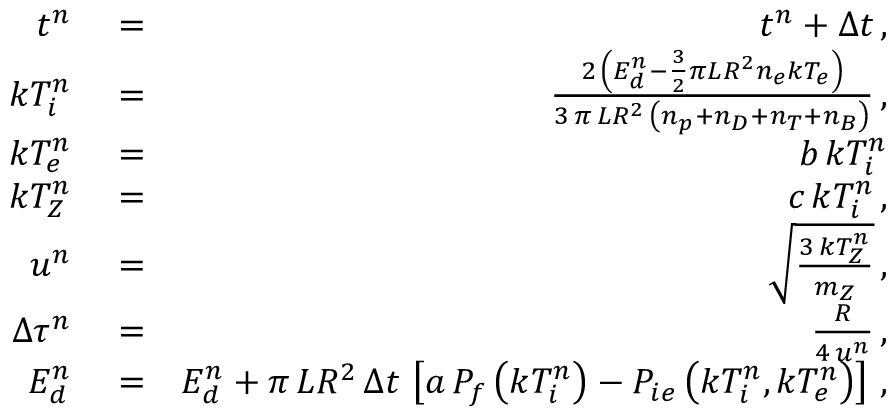
\begin{array} { r l r } { t ^ { n } } & { { } = } & { t ^ { n } + \Delta t \, , } \\ { k T _ { i } ^ { n } } & { { } = } & { \frac { 2 \, \left( E _ { d } ^ { n } - \frac { 3 } { 2 } \pi L R ^ { 2 } n _ { e } k T _ { e } \right) } { 3 \, \pi \, L R ^ { 2 } \, \left( n _ { p } + n _ { D } + n _ { T } + n _ { B } \right) } \, , } \\ { k T _ { e } ^ { n } } & { { } = } & { b \, k T _ { i } ^ { n } } \\ { k T _ { Z } ^ { n } } & { { } = } & { c \, k T _ { i } ^ { n } \, , } \\ { u ^ { n } } & { { } = } & { \sqrt { \frac { 3 \, k T _ { Z } ^ { n } } { m _ { Z } } } \, , } \\ { \Delta \tau ^ { n } } & { { } = } & { \frac { R } { 4 \, u ^ { n } } \, , } \\ { E _ { d } ^ { n } } & { { } = } & { E _ { d } ^ { n } + \pi \, L R ^ { 2 } \, \Delta t \, \left[ a \, P _ { f } \left( k T _ { i } ^ { n } \right) - P _ { i e } \left( k T _ { i } ^ { n } , k T _ { e } ^ { n } \right) \right] \, , } \end{array}